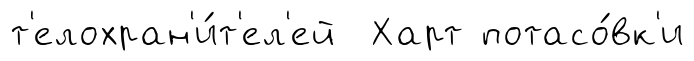
т'елохран'и́т'ел'ей Харт потасо́вк'и